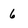
Character: 6